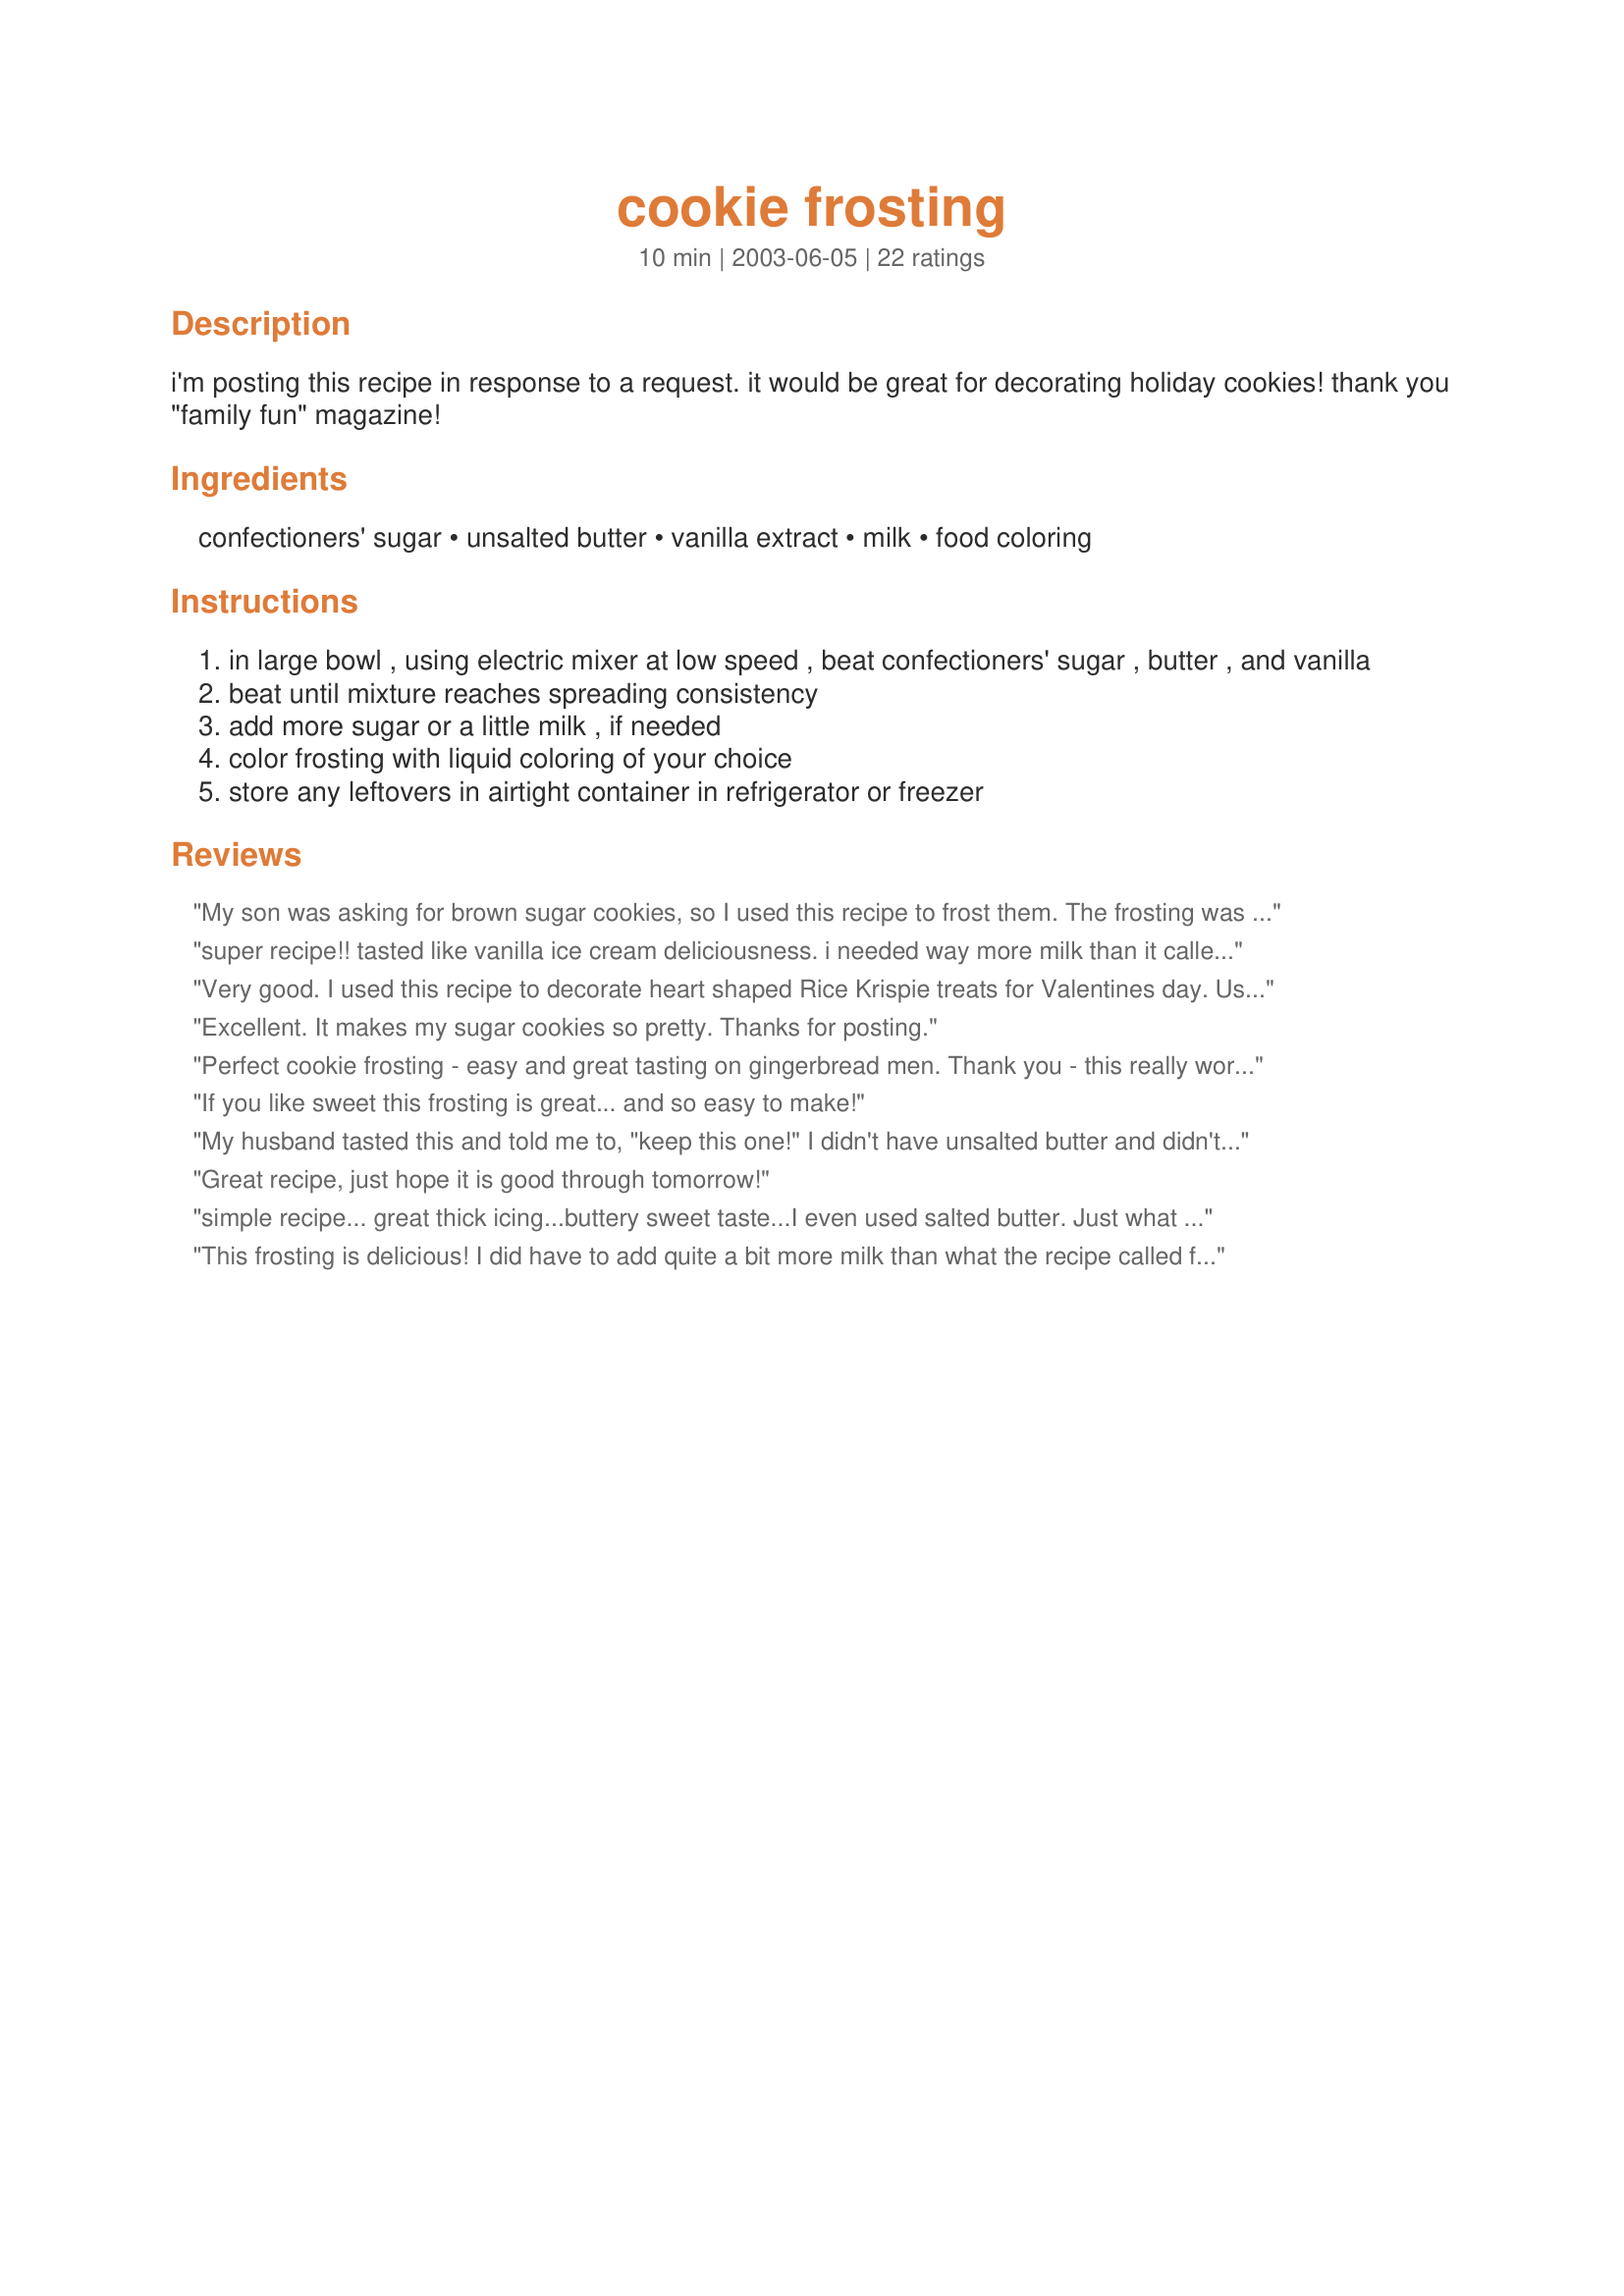
cookie frosting
Preparation time: 10 minutes

i'm posting this recipe in response to a request. it would be great for decorating holiday cookies! thank you "family fun" magazine!

Ingredients:
confectioners' sugar, unsalted butter, vanilla extract, milk, food coloring

Steps:
in large bowl , using electric mixer at low speed , beat confectioners' sugar , butter , and vanilla
beat until mixture reaches spreading consistency
add more sugar or a little milk , if needed
color frosting with liquid coloring of your choice
store any leftovers in airtight container in refrigerator or freezer

Reviews:
My son was asking for brown sugar cookies, so I used this recipe to frost them. The frosting was simple and fun to make, and very quick. The taste and texture was perfect - definitely a keeper! Rest in peace, SilentCricket, and God bless your precious family!
super recipe!! tasted like vanilla ice cream deliciousness. i needed way more milk than it called for, but i added 1/2 tblsp at a time until it was the consistency i wanted. definitely will be using this recipe from now on!
Very good. I used this recipe to decorate heart shaped Rice Krispie treats for Valentines day. Used as much milk as I needed for the right consistency. : )
Excellent. It makes my sugar cookies so pretty. Thanks for posting.
Perfect cookie frosting - easy and great tasting on gingerbread men. Thank you - this really worked out well for me.
If you like sweet this frosting is great... and so easy to make!
My husband tasted this and told me to, "keep this one!" I didn't have unsalted butter and didn't notice anything odd or too salty by using salted. I tripled the recipe to have enough frosting to frost six dozen 2 1/2" cut-out cookies. I had about 1/2 cup of frosting left over which I froze for later use. I also doubled the vanilla and used half and half for the milk. I will be trying more SilentCricket recipes in her memory!!
Great recipe, just hope it is good through tomorrow!
simple recipe... great thick icing...buttery sweet taste...I even used salted butter. Just what I was looking for to ice some thick flakey cake like sugar cookies. Thanks!
This frosting is delicious! I did have to add quite a bit more milk than what the recipe called for. I added a little at a time until I had the right consistency. We used it for cut out sugar cookies for my sons Christmas party. I will definitely use this one again.
This frosting was delicious...but I had problems getting it to the consistency that I wanted. I added a little merengue powder to get some firmness.
Great tasting frosting & easy to work with also.
We use this a lot!!
This recipe got me started, this was my first attempt at cookie icing! I ended up using 6Tbsp butter to 2 cups of sugar, and more like 1-1.5 T of milk. I guess I prefer a little creamier, less sweet frosting. Consistency came out perfect on my sugar cookies (came out just like Lofthouse!). Thanks for the easy recipe!
Just made this for Valentine's cookies and love the flavor and texture. I usually have a had time getting a good consistency but this turned out great! I did add a dab more milk than called for... Thanks.
What a FANTASTIC recipe . . . and SOOO easy! I made red and green for my Christmas spritzer cookies. They really turned out nice :o)
A classic cookie frosting, easy to make, with a smooth consistency. Tasted great on top sugar cookies! Thanks, SilentCricket!
I made a boat load of sugar cookies needed to frost them, and here was the perfect icing. I did add quite a bit more milk than called for. I wanted more of a icing than a frosting. Perfect recipe and great tasting. Thanks!
Delish! We used these to frost sugar cookies for Christmas and it worked great and was tasty. Thanks for posting!
This recipe is a sure fire way to get a great frosting for much cheaper than store bought frosting. Just make sure to add additional milk/sugar/butter as you mix if the consistency is not right. Do not add additional vanilla or it'll be too strong.
Nice frosting .. works great on cinnamon rolls, too!
Very good frosting for sugar cookies!! It's creamy yet sets up very nicely. Thanks for the recipe!
